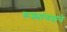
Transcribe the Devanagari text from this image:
रूक्मांगदाने